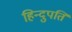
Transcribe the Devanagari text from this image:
हिन्दुपति